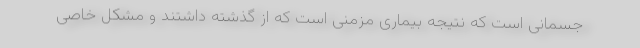
جسمانی است که نتیجه بیماری مزمنی است که از گذشته داشتند و مشکل خاصی